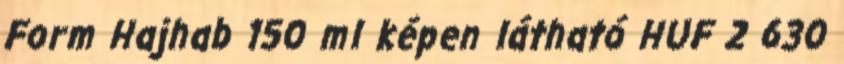
Form Hajhab 150 ml képen látható HUF 2 630